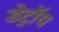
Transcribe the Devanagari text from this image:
डेट्रॉय